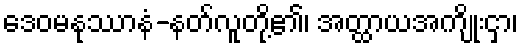
ဒေဝမနုဿာနံ-နတ်လူတို့၏၊ အတ္ထာယအကျိုးငှာ၊